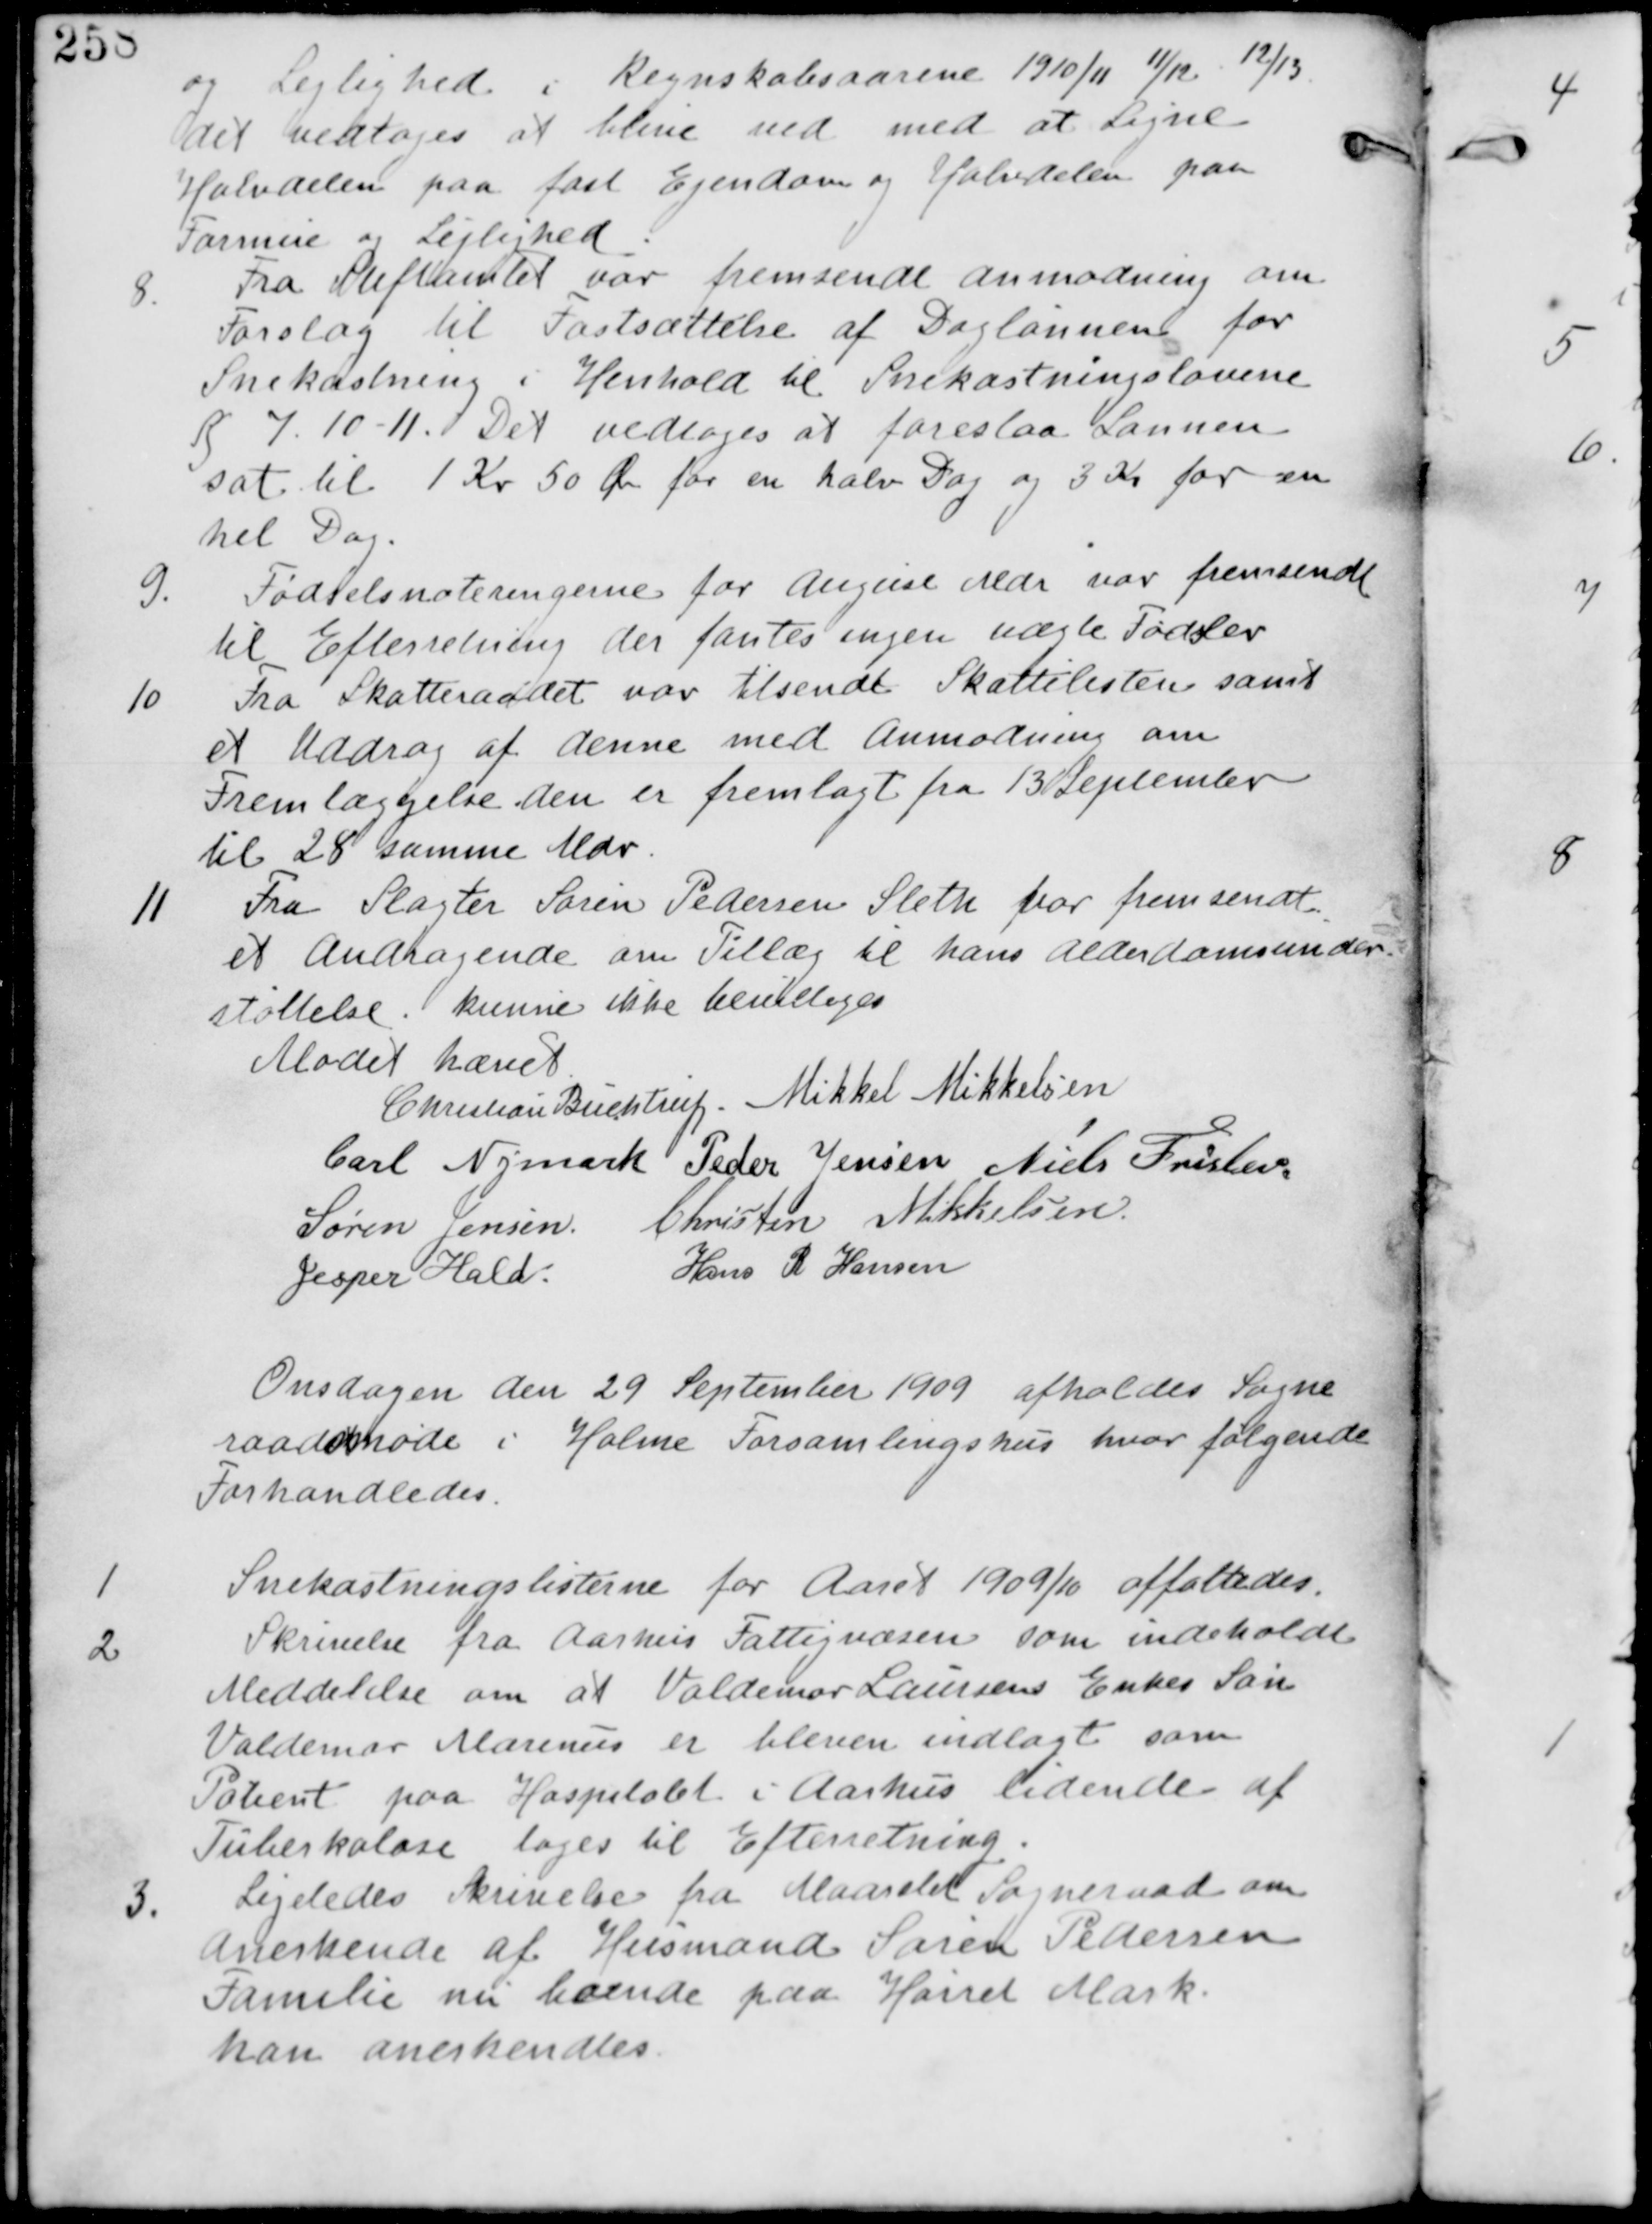
Transskription:
og Lejlighed i Regnskabsaarene 1910/11 - 11/12 12/13
det vedtages at blive ved med at Ligne
Halvdelen paa fast Ejendom og Halvdelen paa
Formuer og Lejlighed.

8. Fra Stiftamtet var fremsendt Anmodning om
Forslag til Fastsættelse af Daglønnen for
Snekastning i Henhold til Snekastningslovene
§7.10-11. Det vedtages at foreslaa Lønnen
sat til 1 Kr 50 Øre for en halv dag og 3 Kr for en
hel Dag.

9. Fødselsnoteringerne for August Mdr var fremsendt
til Efterretning der fandtes ingen uægte Fødsler,

10 Fra Skatteraadet var tilsendt Skattelisterne samt
et Uddrag af denne med Anmodning om
Fremlæggelse den er fremlagt fra 13 September
til 28 samme Mdr.

11 Fra Slagter Søren Pedersen Sleth var fremsendt
et Andragende om Tillæg til hans Alderdomsunder
støttelse. kunne ikke bevilliges.

Mødet hævet
Christian Buchtrup. Mikkel Mikkelsen
Carl Nymark Peder Jensen Niels Frislev
Søren Jensen Christen Mikkelsen
Jesper Hald Hans R Hansen

Onsdagen den 29 September 1909 afholdes Sogne
raadsmøde i Holme Forssamlingshus hvor følgende
Forhandledes

1
Snekastningslisterne for Aaret 1909/10 affattedes

2
Skrivelse fra Aarhus Fattigvæsen som indeholdt
Meddelelse om at Valdemar Laursens Enkes Søn
Valdemar Marinus er bleven indlagt som
Patient paa Hospitalet i Aarhus lidende af
Tuberkulose tages til Efterretning.

3.
Ligeledes Skrivelse fra Maarslev Sogneraad om
Anerkende af Husmand Søren Pedersen
Familie nu boende paa Hørret Mark
kan anerkendes.